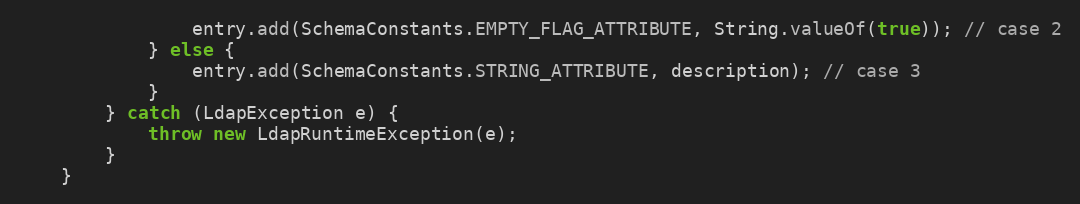
Language: Java
                entry.add(SchemaConstants.EMPTY_FLAG_ATTRIBUTE, String.valueOf(true)); // case 2
            } else {
                entry.add(SchemaConstants.STRING_ATTRIBUTE, description); // case 3
            }
        } catch (LdapException e) {
            throw new LdapRuntimeException(e);
        }
    }